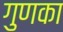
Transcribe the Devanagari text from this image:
गुणका